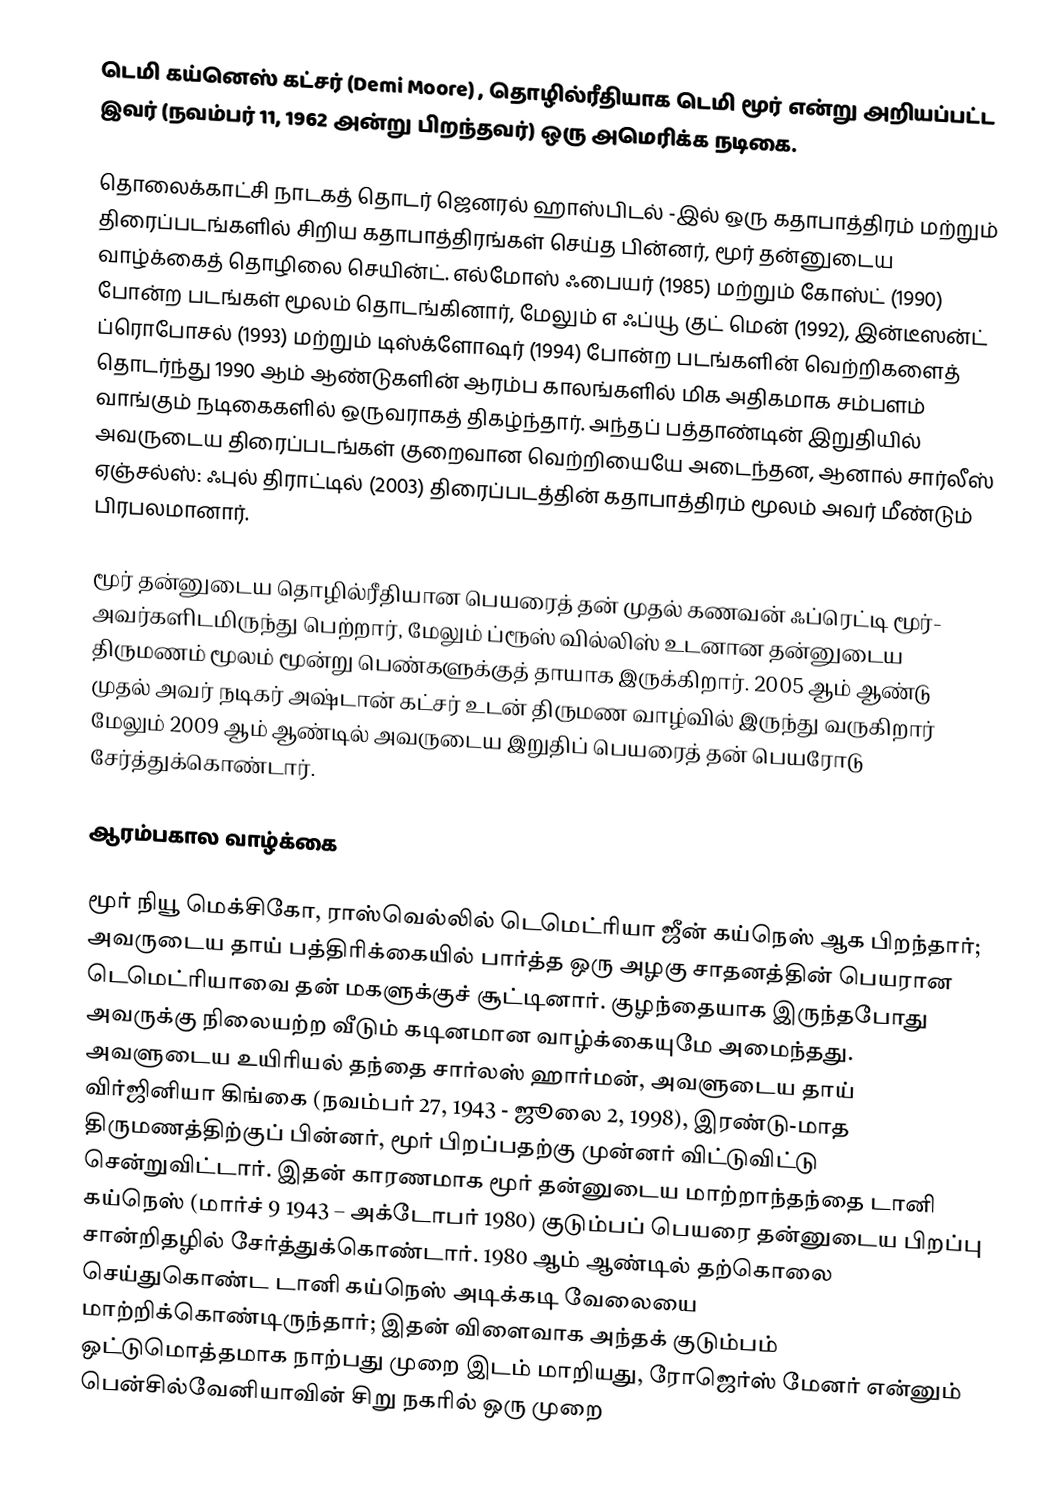
டெமி கய்னெஸ் கட்சர் (Demi Moore) , தொழில்ரீதியாக டெமி மூர் என்று அறியப்பட்ட இவர் (நவம்பர் 11, 1962 அன்று பிறந்தவர்) ஒரு அமெரிக்க நடிகை.

தொலைக்காட்சி நாடகத் தொடர் ஜெனரல் ஹாஸ்பிடல் -இல் ஒரு கதாபாத்திரம் மற்றும் திரைப்படங்களில் சிறிய கதாபாத்திரங்கள் செய்த பின்னர், மூர் தன்னுடைய வாழ்க்கைத் தொழிலை செயின்ட். எல்மோஸ் ஃபையர் (1985) மற்றும் கோஸ்ட் (1990) போன்ற படங்கள் மூலம் தொடங்கினார், மேலும் எ ஃப்யூ குட் மென் (1992), இன்டீஸன்ட் ப்ரொபோசல் (1993) மற்றும் டிஸ்க்ளோஷர் (1994) போன்ற படங்களின் வெற்றிகளைத் தொடர்ந்து 1990 ஆம் ஆண்டுகளின் ஆரம்ப காலங்களில் மிக அதிகமாக சம்பளம் வாங்கும் நடிகைகளில் ஒருவராகத் திகழ்ந்தார். அந்தப் பத்தாண்டின் இறுதியில் அவருடைய திரைப்படங்கள் குறைவான வெற்றியையே அடைந்தன, ஆனால் சார்லீஸ் ஏஞ்சல்ஸ்: ஃபுல் திராட்டில் (2003) திரைப்படத்தின் கதாபாத்திரம் மூலம் அவர் மீண்டும் பிரபலமானார்.

மூர் தன்னுடைய தொழில்ரீதியான பெயரைத் தன் முதல் கணவன் ஃப்ரெட்டி மூர்- அவர்களிடமிருந்து பெற்றார், மேலும் ப்ரூஸ் வில்லிஸ் உடனான தன்னுடைய திருமணம் மூலம் மூன்று பெண்களுக்குத் தாயாக இருக்கிறார். 2005 ஆம் ஆண்டு முதல் அவர் நடிகர் அஷ்டான் கட்சர் உடன் திருமண வாழ்வில் இருந்து வருகிறார் மேலும் 2009 ஆம் ஆண்டில் அவருடைய இறுதிப் பெயரைத் தன் பெயரோடு சேர்த்துக்கொண்டார்.

ஆரம்பகால வாழ்க்கை

மூர் நியூ மெக்சிகோ, ராஸ்வெல்லில் டெமெட்ரியா ஜீன் கய்நெஸ்  ஆக பிறந்தார்; அவருடைய தாய் பத்திரிக்கையில் பார்த்த ஒரு அழகு சாதனத்தின் பெயரான டெமெட்ரியாவை தன் மகளுக்குச் சூட்டினார். குழந்தையாக இருந்தபோது அவருக்கு நிலையற்ற வீடும் கடினமான வாழ்க்கையுமே அமைந்தது. அவளுடைய உயிரியல் தந்தை சார்லஸ் ஹார்மன், அவளுடைய தாய் விர்ஜினியா கிங்கை (நவம்பர் 27, 1943 - ஜூலை 2, 1998), இரண்டு-மாத திருமணத்திற்குப் பின்னர், மூர் பிறப்பதற்கு முன்னர் விட்டுவிட்டு சென்றுவிட்டார். இதன் காரணமாக மூர் தன்னுடைய மாற்றாந்தந்தை டானி கய்நெஸ் (மார்ச் 9 1943 – அக்டோபர் 1980) குடும்பப் பெயரை தன்னுடைய பிறப்பு சான்றிதழில் சேர்த்துக்கொண்டார். 1980 ஆம் ஆண்டில் தற்கொலை செய்துகொண்ட டானி கய்நெஸ் அடிக்கடி வேலையை மாற்றிக்கொண்டிருந்தார்; இதன் விளைவாக அந்தக் குடும்பம் ஒட்டுமொத்தமாக நாற்பது முறை இடம் மாறியது, ரோஜெர்ஸ் மேனர் என்னும் பென்சில்வேனியாவின் சிறு நகரில் ஒரு முறை